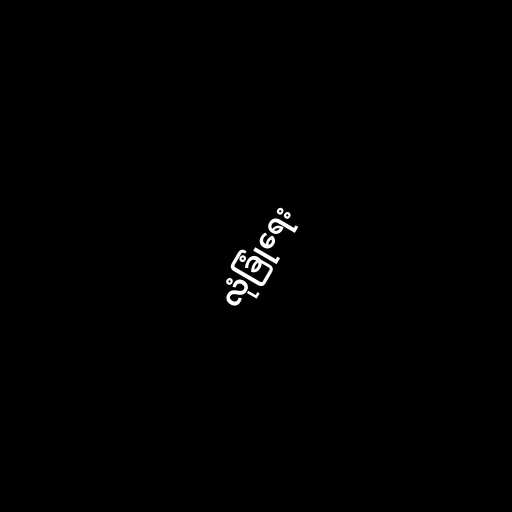
လုံခြုံရေး